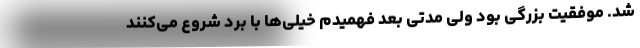
شد. موفقیت بزرگی بود ولی مدتی بعد فهمیدم خیلی‌ها با برد شروع می‌کنند